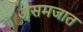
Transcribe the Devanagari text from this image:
असमजात